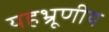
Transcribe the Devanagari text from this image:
यहभ्रूणीय